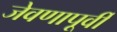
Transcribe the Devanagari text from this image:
जेवणापूर्वी